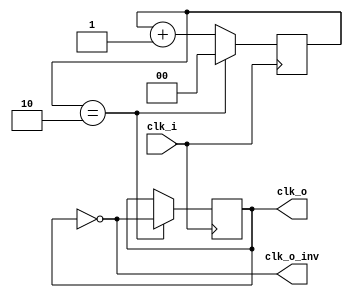
module div3 (
		input clk_i,
		output clk_o, clk_o_inv
	);
	
    reg CLK_SYS = 0 ;
    reg [1:0] clkcount = 0;
    always @(posedge clk_i) begin
		if (clkcount == 2) begin
			clkcount = 0;
			CLK_SYS <= !CLK_SYS;
		end else 
			clkcount = clkcount + 1'b1;
    end
	assign clk_o = CLK_SYS;
    assign clk_o_inv = !CLK_SYS;
	
endmodule